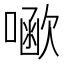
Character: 𠾗